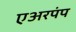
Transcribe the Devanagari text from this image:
एअरपंप